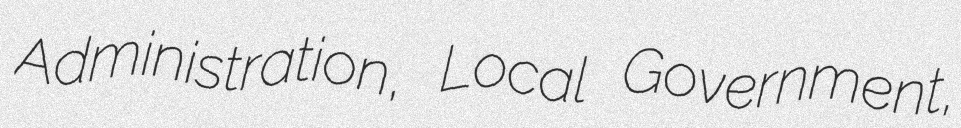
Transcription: Administration, Local Government,